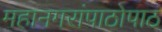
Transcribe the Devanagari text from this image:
महानगरांपाठोपाठ